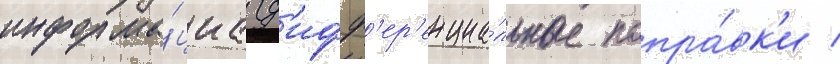
информа́циа (д'ифф'ер'енциа́льные попра́вк'и /